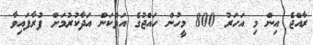
ރާއްޖެ އިން މި އަހަރު 800 މީހުން ހައްޖުގެ އަޅުކަން އަދާކުރުމަށް ފުރާފައިވާ